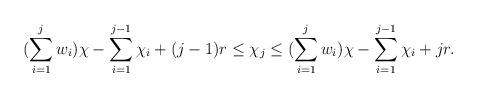
LaTeX: \begin{align*}(\sum\limits_{i =1}^{j} w_i) \chi - \sum\limits_{i=1}^{j-1} \chi_i +(j-1) r \leq \chi_j \leq (\sum\limits_{i =1}^{j} w_i) \chi - \sum\limits_{i=1}^{j-1} \chi_i + j r.\end{align*}